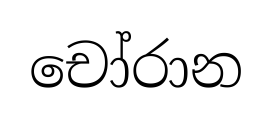
චෝරාන